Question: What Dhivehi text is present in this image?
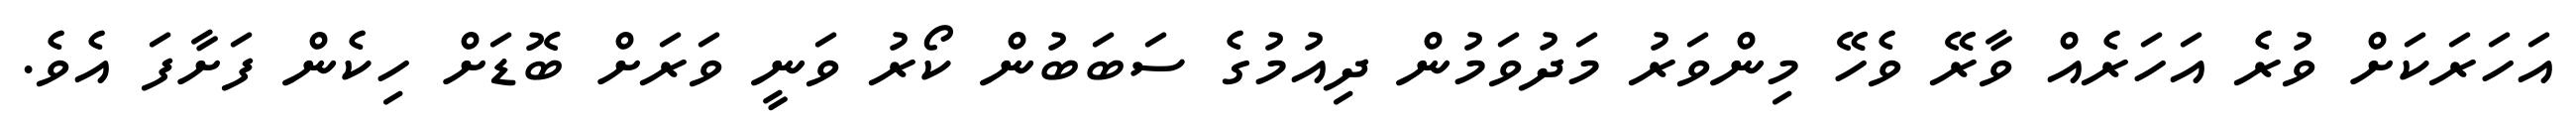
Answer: އަހަރަކަށް ވުރެ އަހަރެއް ވާރޭ ވެހޭ މިންވަރު މަދުވަމުން ދިއުމުގެ ސަބަބުން ކޯރު ވަނީ ވަރަށް ބޮޑަށް ހިކެން ފަށާފަ އެވެ.